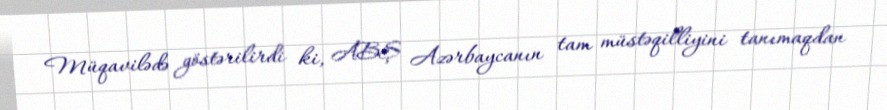
Müqavilədə göstərilirdi ki, ABŞ Azərbaycanın tam müstəqilliyini tanımaqdan